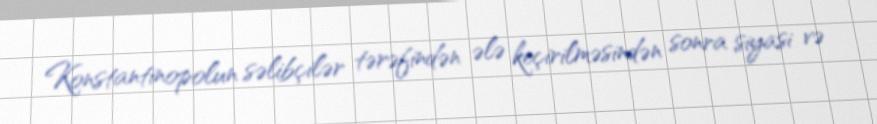
Konstantinopolun səlibçilər tərəfindən ələ keçirilməsindən sonra siyasi və